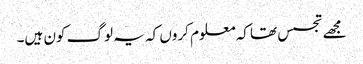
مجھے تجسس تھا کہ معلوم کروں کہ یہ لوگ کون ہیں۔